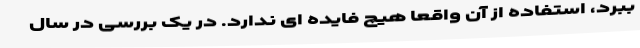
ببرد، استفاده از آن واقعاً هیچ فایده ای ندارد. در یک بررسی در سال